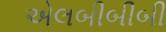
એલબીબીબી